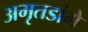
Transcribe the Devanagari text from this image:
अमृतडांगे